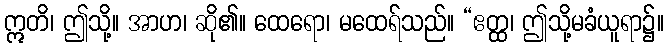
ဣတိ၊ ဤသို့။ အာဟ၊ ဆို၏။ ထေရော၊ မထေရ်သည်။ “ဧတ္ထ၊ ဤသို့မခံယူရာ၌။